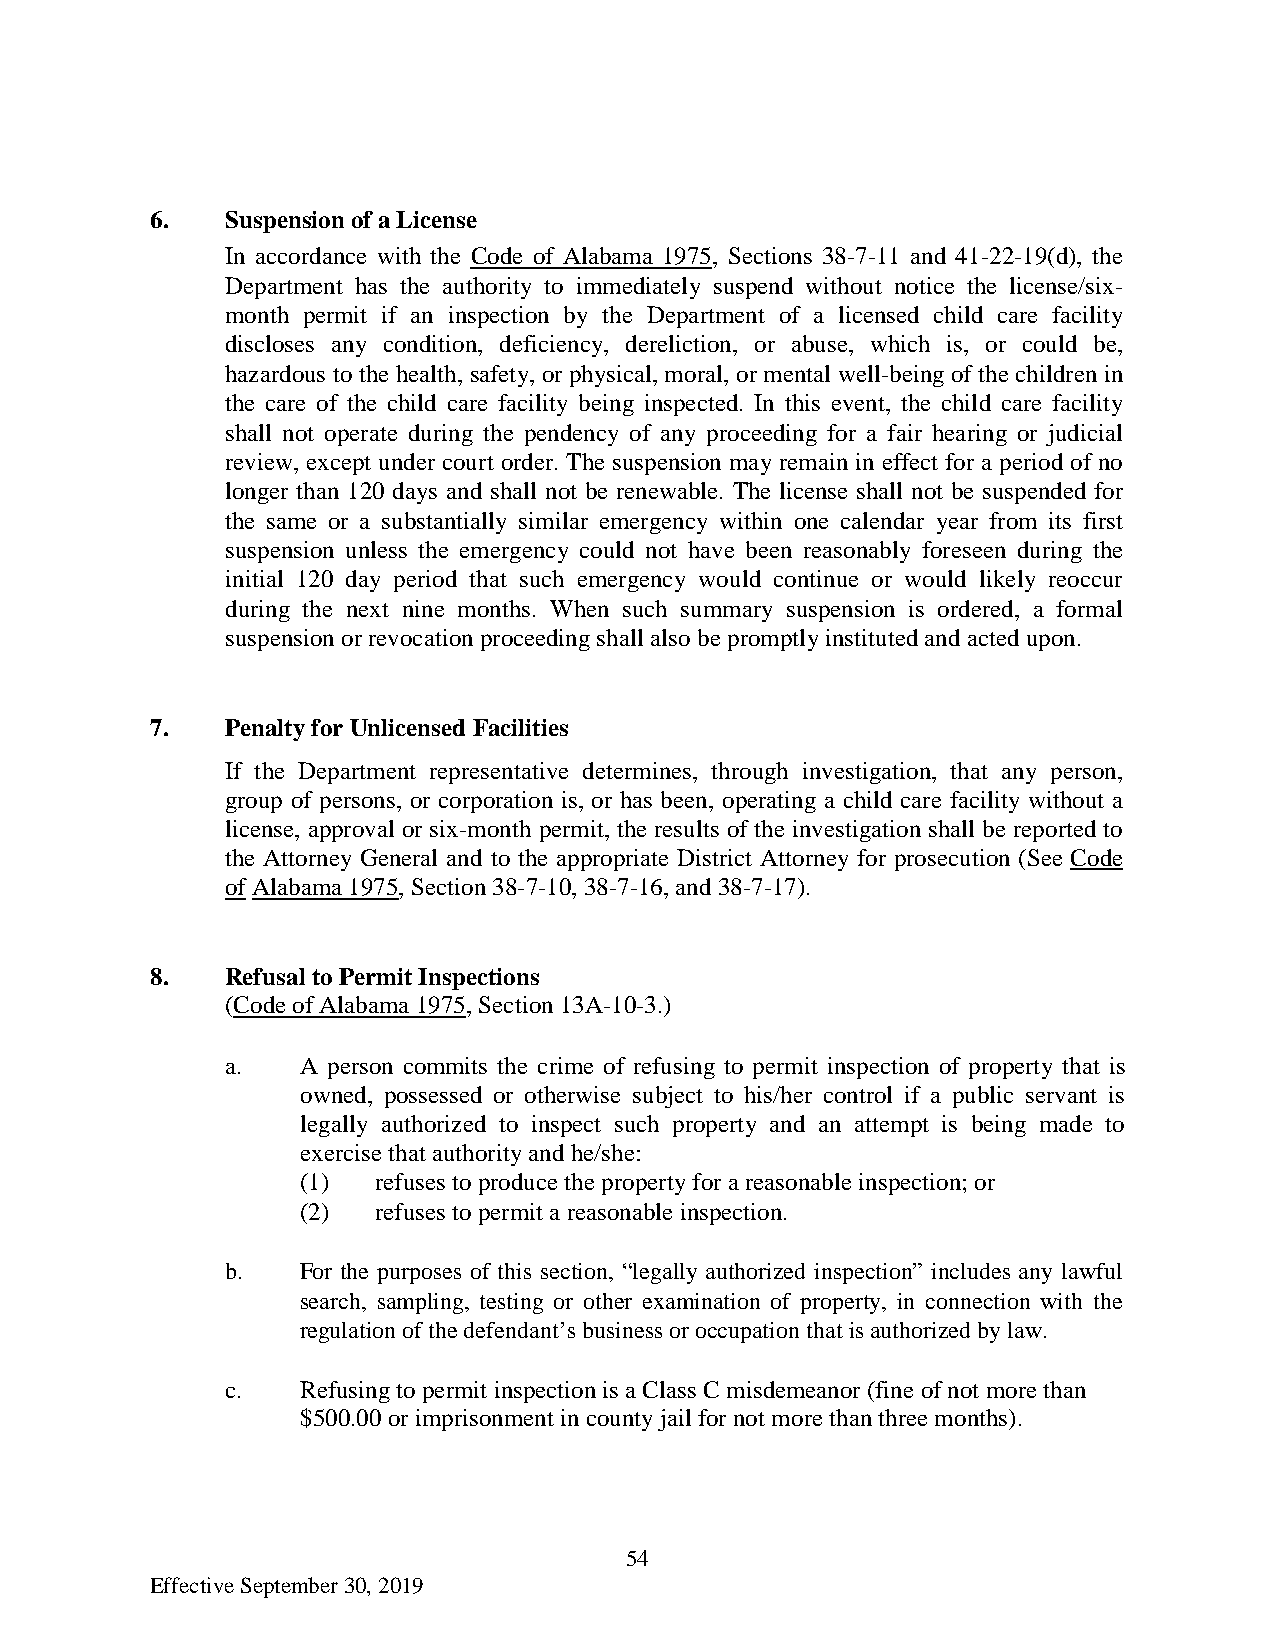
6.   Suspension of a License
 In accordance with the Code of Alabama 1975, Sections 38-7-11 and 41-22-19(d), the
 Department has the authority to immediately suspend without notice the license/six-
 month permit if an inspection by the Department of a licensed child care facility
 discloses any condition, deficiency, dereliction, or abuse, which is, or could be,
 hazardous to the health, safety, or physical, moral, or mental well-being of the children in
 the care of the child care facility being inspected. In this event, the child care facility
 shall not operate during the pendency of any proceeding for a fair hearing or judicial
 review, except under court order. The suspension may remain in effect for a period of no
 longer than 120 days and shall not be renewable. The license shall not be suspended for
 the same or a substantially similar emergency within one calendar year from its first
 suspension unless the emergency could not have been reasonably foreseen during the
 initial 120 day period that such emergency would continue or would likely reoccur
 during the next nine months. When such summary suspension is ordered, a formal
 suspension or revocation proceeding shall also be promptly instituted and acted upon.
 7.   Penalty for Unlicensed Facilities
 If the Department representative determines, through investigation, that any person,
 group of persons, or corporation is, or has been, operating a child care facility without a
 license, approval or six-month permit, the results of the investigation shall be reported to
 the Attorney General and to the appropriate District Attorney for prosecution (See Code
 of Alabama 1975, Section 38-7-10, 38-7-16, and 38-7-17).
 8 .  Refusal to Permit Inspections
 (Code of Alabama 1975, Section 13A-10-3.)
 a.   A person commits the crime of refusing to permit inspection of property that is
 owned, possessed or otherwise subject to his/her control if a public servant is
 legally authorized to inspect such property and an attempt is being made to
 exercise that authority and he/she:
 (1)  refuses to produce the property for a reasonable inspection; or
 (2)  refuses to permit a reasonable inspection.
 b.   For the purposes of this section, “legally authorized inspection” includes any lawful
 search, sampling, testing or other examination of property, in connection with the
 regulation of the defendant’s business or occupation that is authorized by law.
 c.   Refusing to permit inspection is a Class C misdemeanor (fine of not more than
 $500.00 or imprisonment in county jail for not more than three months).
 54
 Effective September 30, 2019